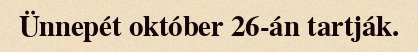
Ünnepét október 26-án tartják.